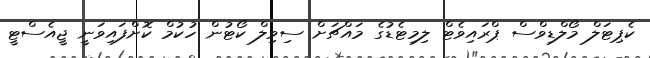
ކެޕިޓަލް މޯލްޑިވްސް ޕްރައިވެޓް ލިމިޓެޑުގެ މައްޗަށް ސިވިލް ކޯޓުން ހުކުމް ކޮށްފައިވަނީ ޖީއެސްޓީ